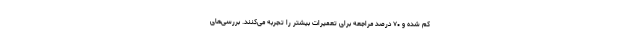
کم شده و ۷۰ درصد مراجعه برای تعمیرات بیشتر را تجربه می‌کنند. بررسی‌های